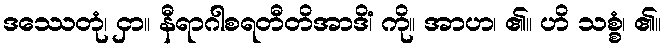
ဒဿေတုံ၊ ငှာ။ နီရာဂါစရတီတိအာဒိံ၊ ကို။ အာဟ၊ ၏။ ဟိ သစ္စံ၊ ၏။